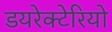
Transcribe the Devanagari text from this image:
डयरेक्टेरियो